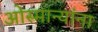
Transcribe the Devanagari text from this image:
ओस्मान्यांना